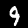
Label: 9